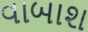
વાબાશ